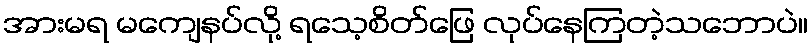
အားမရ မကျေနပ်လို့ ရသေ့စိတ်ဖြေ လုပ်နေကြတဲ့သဘောပဲ။